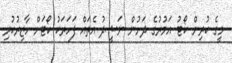
މީގެ ކުރިން ކޯޓު އަމުރުގެ ދަށުން ނަޝީދު އެތައް ފަހަރަކު ކޯޓަށް ހާޒިރުކުރި